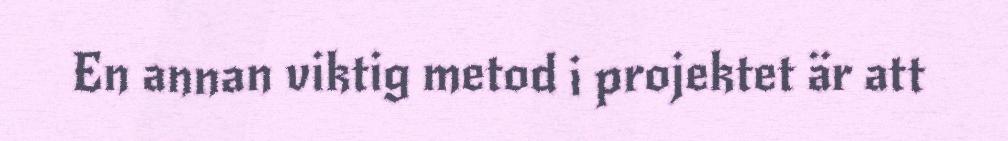
En annan viktig metod i projektet är att